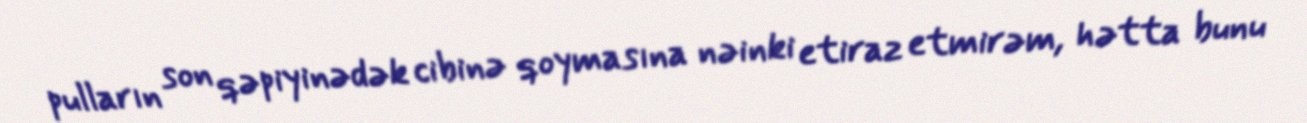
pulların son qəpiyinədək cibinə qoymasına nəinki etiraz etmirəm, hətta bunu